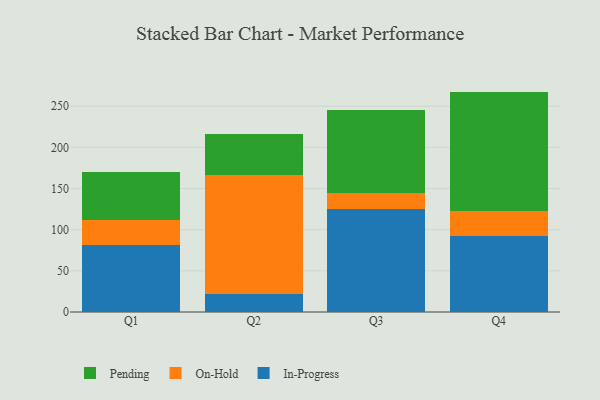
{"axis": {"x": "Quarter", "y": "Demand Index"}, "legend": ["In-Progress", "On-Hold", "Pending"], "data": [{"x": "Q1", "y": 81.1, "type": "In-Progress"}, {"x": "Q1", "y": 31.1, "type": "On-Hold"}, {"x": "Q1", "y": 57.8, "type": "Pending"}, {"x": "Q2", "y": 21.5, "type": "In-Progress"}, {"x": "Q2", "y": 145.0, "type": "On-Hold"}, {"x": "Q2", "y": 50.0, "type": "Pending"}, {"x": "Q3", "y": 125.6, "type": "In-Progress"}, {"x": "Q3", "y": 18.6, "type": "On-Hold"}, {"x": "Q3", "y": 101.2, "type": "Pending"}, {"x": "Q4", "y": 92.1, "type": "In-Progress"}, {"x": "Q4", "y": 31.2, "type": "On-Hold"}, {"x": "Q4", "y": 144.5, "type": "Pending"}]}